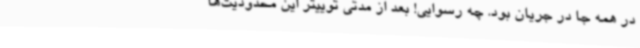
در همه جا در جریان بود. چه رسوایی! بعد از مدتی توییتر این محدودیت‌ها